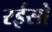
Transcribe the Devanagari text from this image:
रईसो